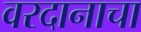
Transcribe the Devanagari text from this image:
वरदानाचा